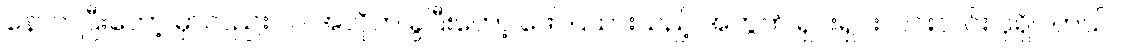
နောက်ပြီးတော့ မှာလည်း လ အလိုက် ခွဲပြီးတော့ ဖော်ပြထားသည့် အတွက် ရှင်းရှင်းလင်းလင်း ပိုရှိပါတယ်။